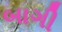
બાગી